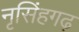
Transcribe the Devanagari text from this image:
नृसिंहगढ़